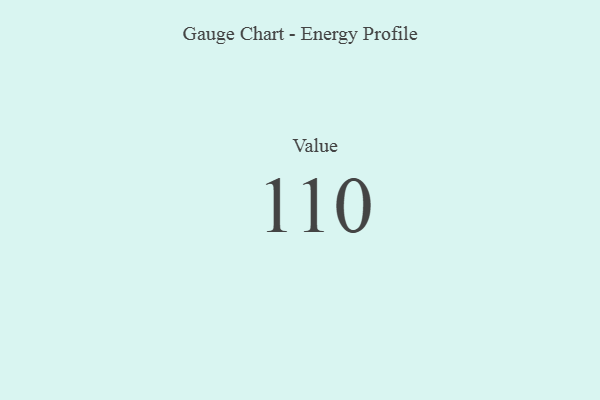
{"axis": {"x": "Metric", "y": "Value"}, "legend": [""], "data": [{"x": "Value", "y": 110, "type": ""}]}